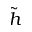
\tilde { h }